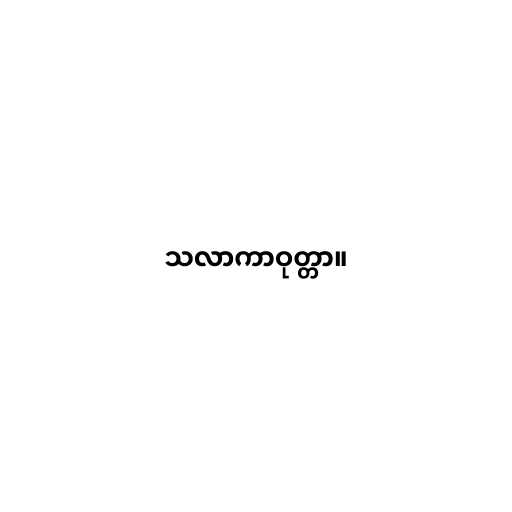
သလာကာဝုတ္တာ။